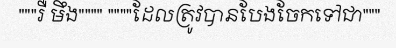
"""រឺ មឹង"""" """"ដែលត្រូវបានបែងចែកទៅជា"""